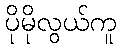
ပိုမိုလွယ်ကူ